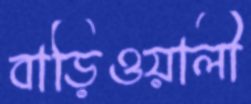
বাড়িওয়ালী